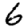
Digit: 6